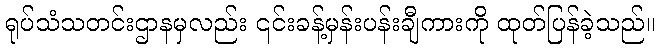
ရုပ်သံသတင်းဌာနမှလည်း ၎င်းခန့်မှန်းပန်းချီကားကို ထုတ်ပြန်ခဲ့သည်။